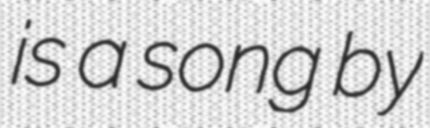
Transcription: is a song by